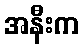
အနီးက